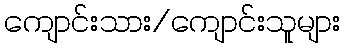
ကျောင်းသား/ကျောင်းသူများ